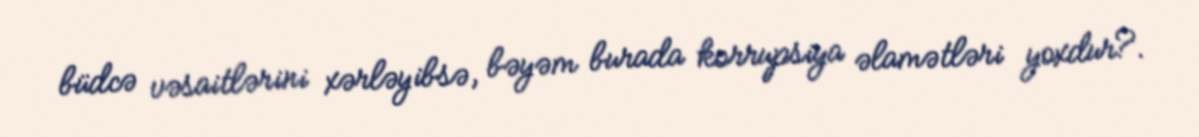
büdcə vəsaitlərini xərləyibsə, bəyəm burada korrupsiya əlamətləri yoxdur?.